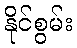
နိုင်စွမ်း